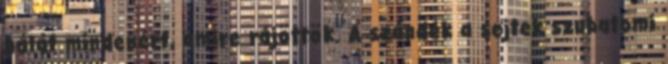
hálát mindenért, amire rájöttök. A szándék a sejtek szubatomi